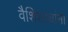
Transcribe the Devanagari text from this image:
वैशिश्ट्यांना